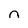
Character: n